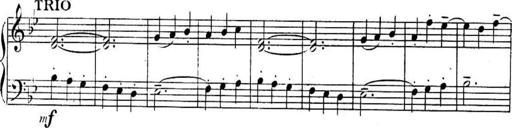
Title: Sonatines
Composer: Hedwige ChrÃ©tien